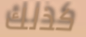
كذلك